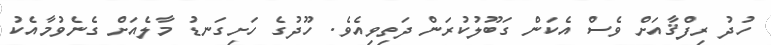
ހުދު ރިފްޤާއަށް ވެސް އެކަން ގަބޫލުކުރަން ދަތިވިއެވެ. ހޫދުގެ ހަށިގަނޑު މާލެއަށް ގެނެވުމާއެކު